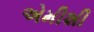
એમીશી